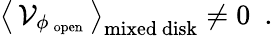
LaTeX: \big\langle\, {\cal V}_{\phi_{\mathrm{\, open}}}\, \big\rangle_{\mathrm{mixed~disk}}\not=0~~.